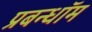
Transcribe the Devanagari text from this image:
प्रबन्धॉम